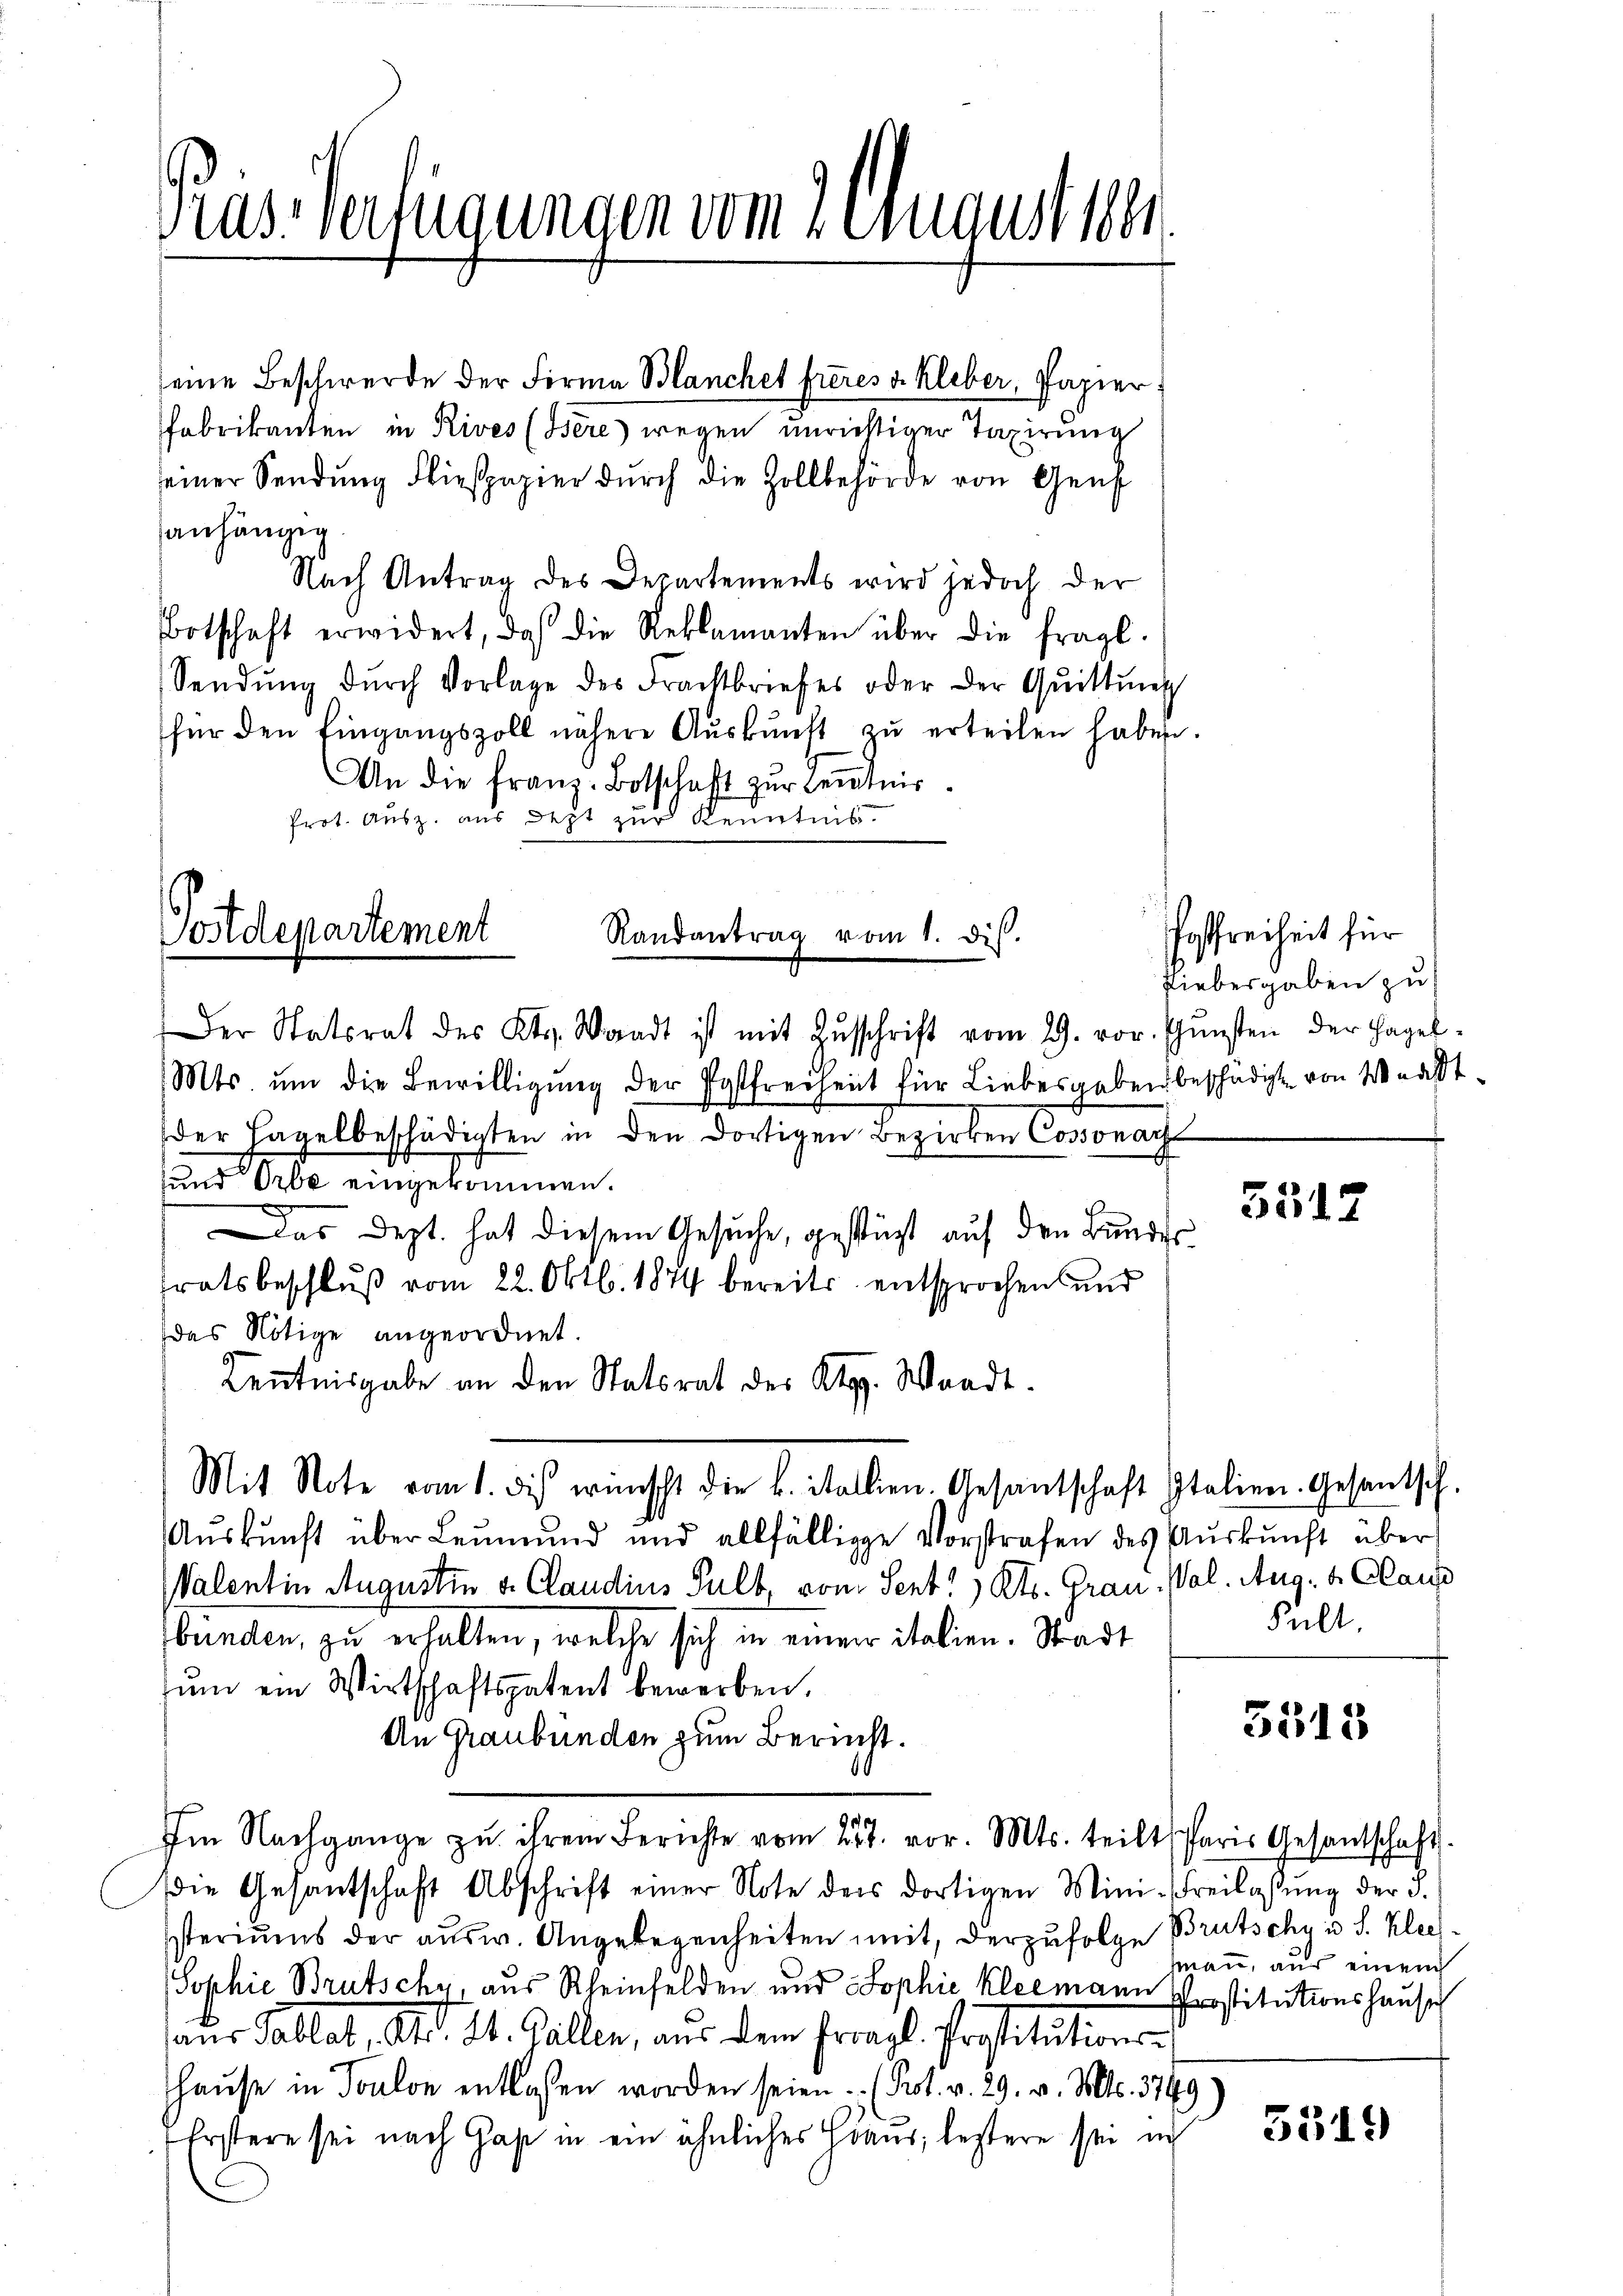
Randantrag vom 1. dis.
Der Statsrat des Kts. Waadt ist mit Zŭschrift vom 29. vor. Gŭnsten der Hagel-
Mts ŭm die Bewilligŭng der Postfreiheit für Liebesgaben beschädigt von Waadt-
der Hagelbeschädigten in den dortigen Bezirken Cossonachs
und Orbe eingekommen.
Das Dept. hat diesem Gesuche, gestüzt auf den Bundes
tratsbeschluß vom 22. Oktb. 1874 bereits entsprochen und
das Nötige angeordnet.
Kenntnisgabe an den Statsrat der Abg. Waadt.
Mit Note vom 1. des wünscht die L. Stallien. Gesantschaft Italien. Gesandtsch.
Aŭskŭnft über Leŭmŭnd und allfällige Vorstrafen des Aŭskŭnft über
Walentin Augustin v. Claudius Pult vom Sent! Kts. Grau-Wal. Aug. v. Claus
bunden, zu erhalten, welche sich in einem italien. Stadt
tŭm ein Wirtschaftspatent bewerben,
An Graubünden zum Bericht.
Im Nachgange zu ihrem Berichte vom 25t. vor. Mts. teilt Paris Gesantschaft.
die Gesantschaft Abschrift einer Note der dortigen Mini-Freilassŭng der §.
steriums der ausw. Angelegenheiten mit, derzufolge Brütsche in S. Klees¬
Sophie Brutschy, aus Rheinfelden und Sophie kleemann Prostitutionshause
aus Tallat, And. St. Gallen, aus dem fragl. Prostitutions¬
Hause in Toulon entlassen worden seien (Prot. v. 29. v. Mts. 3799
Erstere sei nach Gast in ein ähnliches Haus; lestere sei ich

Mastverfügungen vom 2. einaust 1861

Fabrikanten in Rives (Bere) wegen unrichtiger Taxirung
seiner Sendung Fliespapier dŭrch die Zollbehörde von Genf
anhängig
Nach Antrag des Departements wird jedoch der
Botschaft erwidert, daß die Reklamanten über die fragl.
Sendung dŭrch Vorlage des Frachtbriefes oder der Quittung
für den Eingangszoll nähere Aŭskŭnft zŭ erteilen haben.
An die franz. Botschaft zur Kenntnis.
Prot. Ausz. aus Jezt zur Kenntnis.

Postdepartement

seine Beschwerde der Firma Blanches freies u. kleber, Papier

Posfreiheit für
Fiebesgaben zu

5512

Pult.

5313

man, aus einem

5519